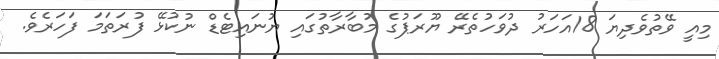
މިއީ ވޭތުވެދިޔަ 18އަހަރު ދުވަހުތެރޭ ޔޫރަޕުގެ މުބާރާތުގައި ޔުނައިޓެޑް ނުކުޅޭ ފުރަތަމަ ފަހަރެވެ.